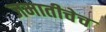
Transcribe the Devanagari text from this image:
जमातीचेच